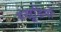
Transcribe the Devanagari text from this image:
पंखूडि़यों